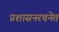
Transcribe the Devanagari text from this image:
प्रशासनरचनेत